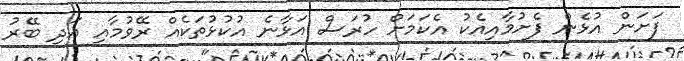
ފަށަން އުޅެން ފެށުމާއިއެކު އެކަމަށް ހުރަސް އަޅާނެ އުކުޅުތަކެއް ރޭވުމާއި އަދި ބޭރު